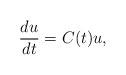
LaTeX: \begin{align*}\frac{du}{dt} = C(t) u,\end{align*}